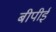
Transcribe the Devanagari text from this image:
बीपीई